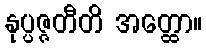
နုပ္ပဇ္ဇတီတိ အတ္ထော။